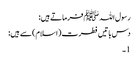
رسول اللہﷺ فرماتےہیں:
دس باتیں فطرت (اسلام) سے ہیں:
1۔